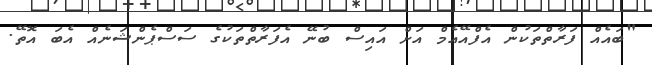
"ބައެއް ފަރާތްތަކުން އެފްއޭއެމް އަށް އައިސް ބުނޭ އެފަރާތްތަކުގެ ސަސްޕެންޝަނެއް އެބަ އޮތޭ.